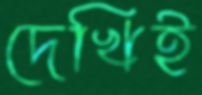
দেখিই